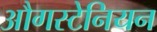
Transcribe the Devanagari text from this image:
औगस्टेनियन